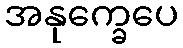
အနုက္ခေပေ